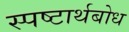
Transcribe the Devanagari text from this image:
स्पष्टार्थबोध